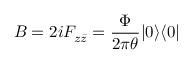
B = 2 i F _ { z \bar { z } } = \frac { \Phi } { 2 \pi \theta } | 0 \rangle \langle 0 |